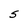
Character: S